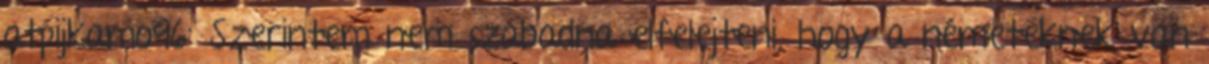
atpijkamo96: Szerintem nem szabadna elfelejteni, hogy a németeknek van